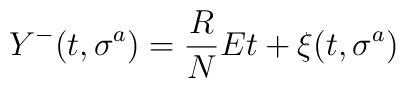
Y^-(t,\sigma^a) = {R \over N} E t + \xi(t,\sigma^a)